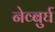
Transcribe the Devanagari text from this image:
नेव्बुर्घ